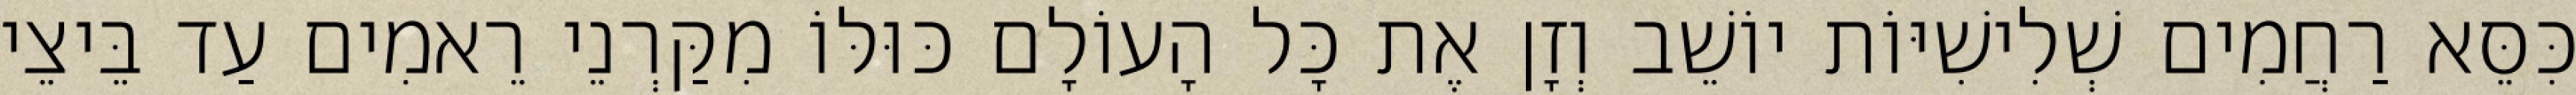
כִּסֵּא רַחֲמִים שְׁלִישִׁיּוֹת יוֹשֵׁב וְזָן אֶת כָּל הָעוֹלָם כּוּלּוֹ מִקַּרְנֵי רֵאמִים עַד בֵּיצֵי